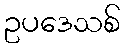
ဥပဒေသစ်